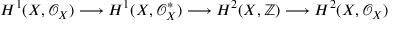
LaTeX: H ^ { 1 } ( X , { \mathcal { O } } _ { X } ) \longrightarrow H ^ { 1 } ( X , { \mathcal { O } } _ { X } ^ { * } ) \longrightarrow H ^ { 2 } ( X , \mathbb { Z } ) \longrightarrow H ^ { 2 } ( X , { \mathcal { O } } _ { X } )